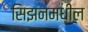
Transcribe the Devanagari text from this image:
सिझनमधील